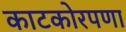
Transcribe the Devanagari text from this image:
काटकोरपणा